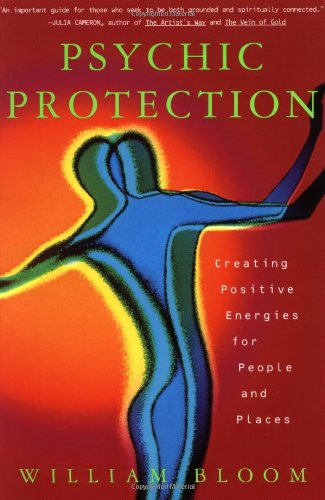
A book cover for Psychic Protection: Creating Positive Energies For People And Places; William Bloom; Biographies & Memoirs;